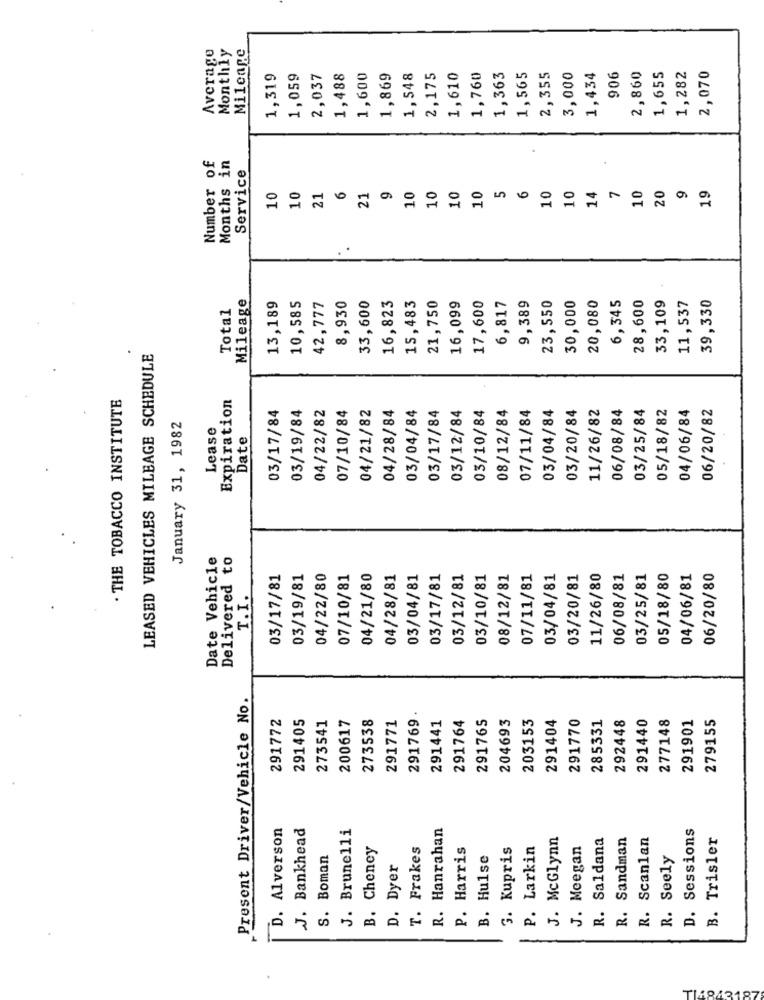
Average
Monthly
Mileage
1,319
1,059
2,037
1,488
1,600
1,869
1,548
2,175
1,610
1,760
1,363
1,565
2,355
3,000
1,434
906
2,860
1,655
1,282
2,070
Number of
Months in
Service
6
10
10
5
6
10
14
7
10
20
9
19
10
10
21
21
10
10
10
Mileage
16,823
15,483
9,389
30,000
6,345
28,600
33,109
39,330
Total
13,189
10,585
42,777
8,930
33,600
21,750
16,099
17,600
6,817
23,550
20,080
11,537
LEASED VEHICLES MILBAGE SCHEDULE
. THE TOBACCO INSTITUTE
Expiration
03/17/84
03/19/84
04/22/82
07/10/84
04/21/82
03/04/84
03/10/84
08/12/84
07/11/84
03/04/84
03/20/84
11/26/82
06/08/84
03/25/84
05/18/82
04/06/84
06/20/82
04/28/84
03/17/84
03/12/84
January 31, 1982
Lease
Date
Date Vehicle
Delivered to
03/17/81
03/19/81
04/22/80
07/10/81
04/21/80
04/28/81
03/04/81
03/17/81
03/12/81
03/10/81
08/12/81
07/11/81
03/04/81
03/20/81
11/26/80
06/08/81
03/25/81
05/18/80
04/06/81
06/20/80
T.I.
Present Driver/Vehicle No.
291772
291405
273541
273538
291771
291769.
291764
291765
204693
203153
291404
291770
285331
292448
291440
277148
291901
279155
200617
291441
D. Alverson
J. Bankhead
J. Brunelli
R. Hanrahan
D. Sessions
J. McGlynn
R. Saldana
R. Sandman
R. Scanlan
B. Trisler
B. Cheney
T. Frakes
P. Harris
G. Kupris
P. Larkin
J. Meegan
S. Boman
B. Hulse
R. Seely
D. Dyer
T1842187